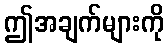
ဤအချက်များကို